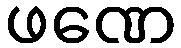
ဖဏေ